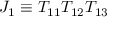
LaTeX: J _ { 1 } \equiv T _ { 1 1 } T _ { 1 2 } T _ { 1 3 }